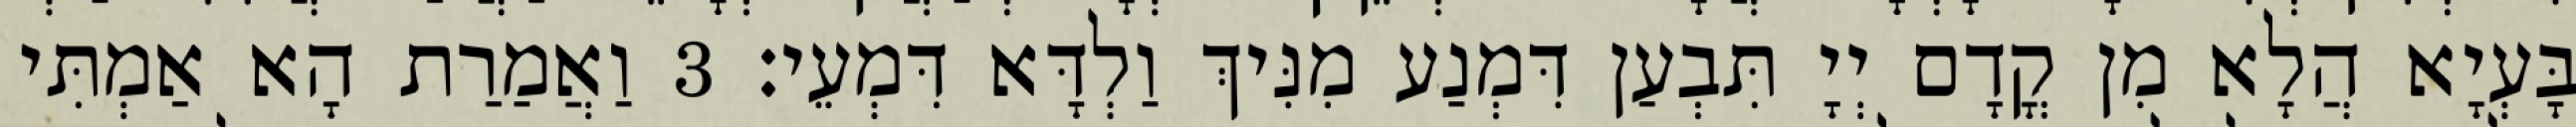
בָּעְיָא הֲלָא מִן קֳדָם יְיָ תִּבְעַן דִּמְנַע מִנִּיךְ וַלְדָּא דִּמְעֵי׃ 3 וַאֲמַרַת הָא אַמְתִּי